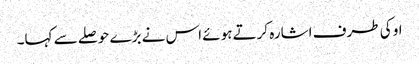
او کی طرف اشارہ کرتے ہوئے اس نے بڑے حوصلے سے کہا۔